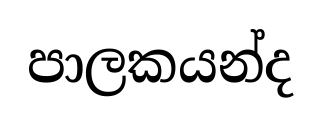
පාලකයන්ද